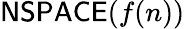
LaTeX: {\mathsf{NSPACE}}(f(n))